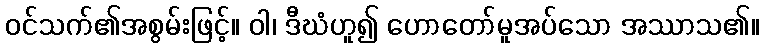
ဝင်သက်၏အစွမ်းဖြင့်။ ဝါ၊ ဒီဃံဟူ၍ ဟောတော်မူအပ်သော အဿာသ၏။